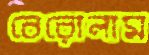
বেরোলাম